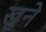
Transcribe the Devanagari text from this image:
खुने